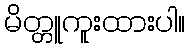
မိတ္တူကူးထားပါ။